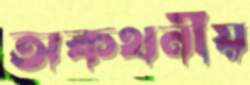
অকথনীয়